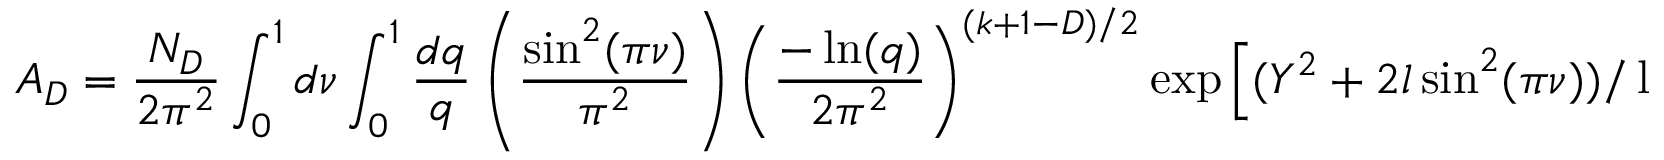
A _ { D } = \frac { { \cal N } _ { D } } { 2 \pi ^ { 2 } } \int _ { 0 } ^ { 1 } d \nu \int _ { 0 } ^ { 1 } \frac { d q } { q } \left( \frac { \sin ^ { 2 } ( \pi \nu ) } { \pi ^ { 2 } } \right) \left( \frac { - \ln ( q ) } { 2 \pi ^ { 2 } } \right) ^ { ( k + 1 - D ) / 2 } \exp \left[ ( Y ^ { 2 } + 2 l \sin ^ { 2 } ( \pi \nu ) ) / \ln ( q ) \right]